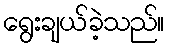
ရွေးချယ်ခဲ့သည်။